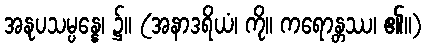
အနုပသမ္ပန္နေ၊ ၌။ (အနာဒရိယံ၊ ကို။ ကရောန္တဿ၊ ၏။)